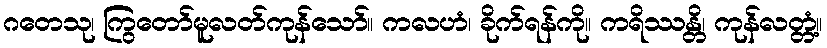
ဂတေသု၊ ကြွတော်မူလတ်ကုန်သော်။ ကလဟံ၊ ခိုက်ရန်ကို။ ကရိဿန္တိ၊ ကုန်လတ္တံ့။